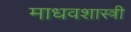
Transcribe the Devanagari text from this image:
माधवशास्त्री